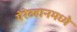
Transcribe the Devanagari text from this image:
येरेव्हानमध्ये